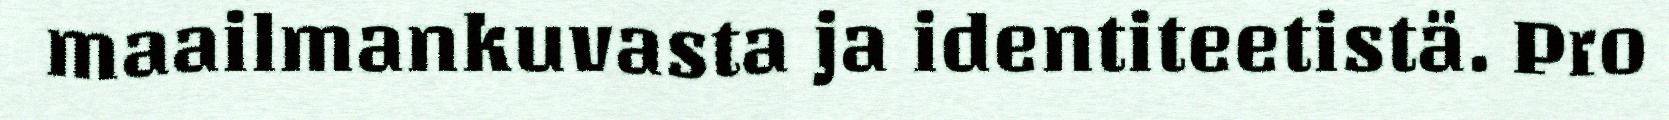
maailmankuvasta ja identiteetistä. Pro